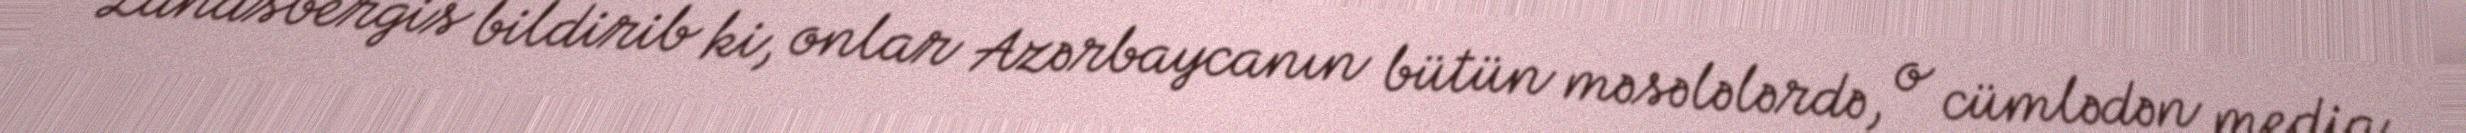
Landsbergis bildirib ki, onlar Azərbaycanın bütün məsələlərdə, o cümlədən media